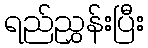
ရည်ညွှန်းပြီး